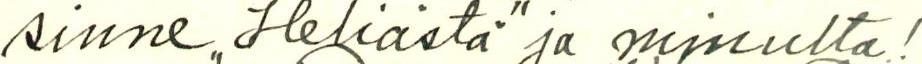
sinne "Heliästä" ja minulta!